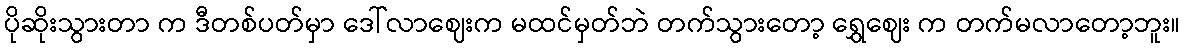
ပိုဆိုးသွားတာ က ဒီတစ်ပတ်မှာ ဒေါ်လာဈေးက မထင်မှတ်ဘဲ တက်သွားတော့ ရွှေဈေး က တက်မလာတော့ဘူး။